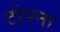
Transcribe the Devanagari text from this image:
टोपना